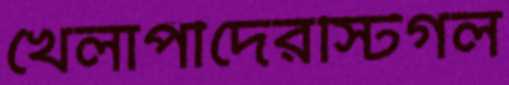
খেলাপীদেরস্টিগল